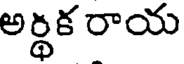
అర్థక రాయ